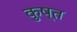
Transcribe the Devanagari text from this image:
कुष्त